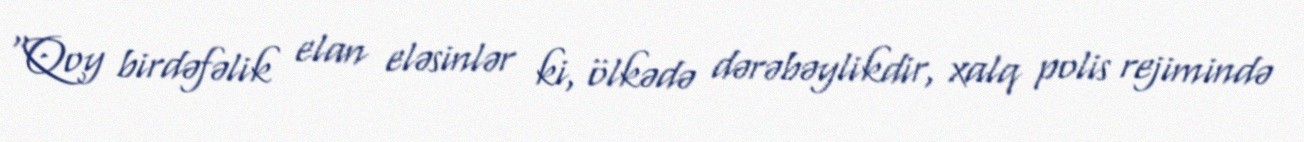
“Qoy birdəfəlik elan eləsinlər ki, ölkədə dərəbəylikdir, xalq polis rejimində